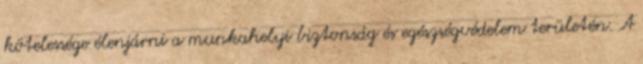
kötelessége élenjárni a munkahelyi biztonság és egészségvédelem területén. A